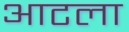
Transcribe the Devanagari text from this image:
आटला